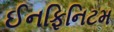
ઈનફિનિટમ